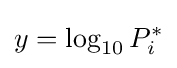
y=\log _{10}{P}_{i}^{*}